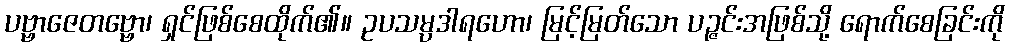
ပဗ္ဗာဇေတဗ္ဗော၊ ရှင်ဖြစ်စေထိုက်၏။ ဥပသမ္ပဒါရဟော၊ မြင့်မြတ်သော ပဉ္ဇင်းအဖြစ်သို့ ရောက်စေခြင်းကို